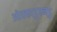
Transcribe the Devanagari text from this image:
ओक्काडुन्नडु